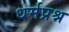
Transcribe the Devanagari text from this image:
धर्मप्रश्न